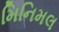
મિનિમલ